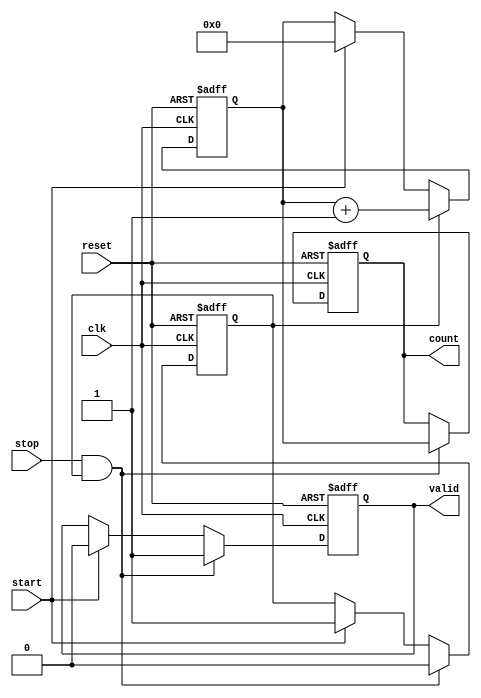
module tdc_single_shot (
    input wire clk,            // High-speed clock input
    input wire reset,          // Reset signal for counter
    input wire start,          // Start signal
    input wire stop,           // Stop signal
    output reg [31:0] count,   // Count output (32-bit)
    output reg valid           // Valid flag for counter output
);

    reg counting;              // State to track if we are counting
    reg [31:0] counter;        // 32-bit counter for clock cycles

    // Synchronous reset and counter logic
    always @(posedge clk or posedge reset) begin
        if (reset) begin
            counting <= 1'b0;   // Reset counting state
            counter <= 32'b0;    // Reset counter value
            count <= 32'b0;     // Reset output count
            valid <= 1'b0;      // Reset valid flag
        end else begin
            if (start) begin
                counting <= 1'b1; // Start counting on start signal
                counter <= 32'b0;  // Initialize counter
                valid <= 1'b0;     // Make valid flag false
            end
            
            if (counting) begin
                counter <= counter + 1; // Increment counter
            end
            
            if (stop && counting) begin
                counting <= 1'b0; // Stop counting on stop signal
                count <= counter; // Latch counter value to output
                valid <= 1'b1;    // Set valid flag to indicate new measurement
            end
        end
    end

endmodule